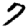
Digit: 7